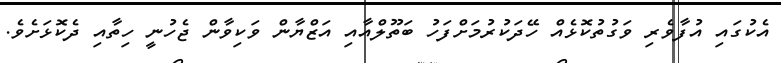
އެކުގައި އުފާވެރި ވަގުތުކޮޅެއް ހޭދަކުރުމަށްފަހު ބަތޫލްއާއި އަޒްޔާން ވަކިވާން ޖެހުނީ ހިތާއި ދެކޮޅަށެވެ.